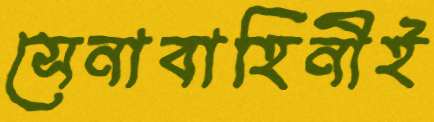
সেনাবাহিনীই